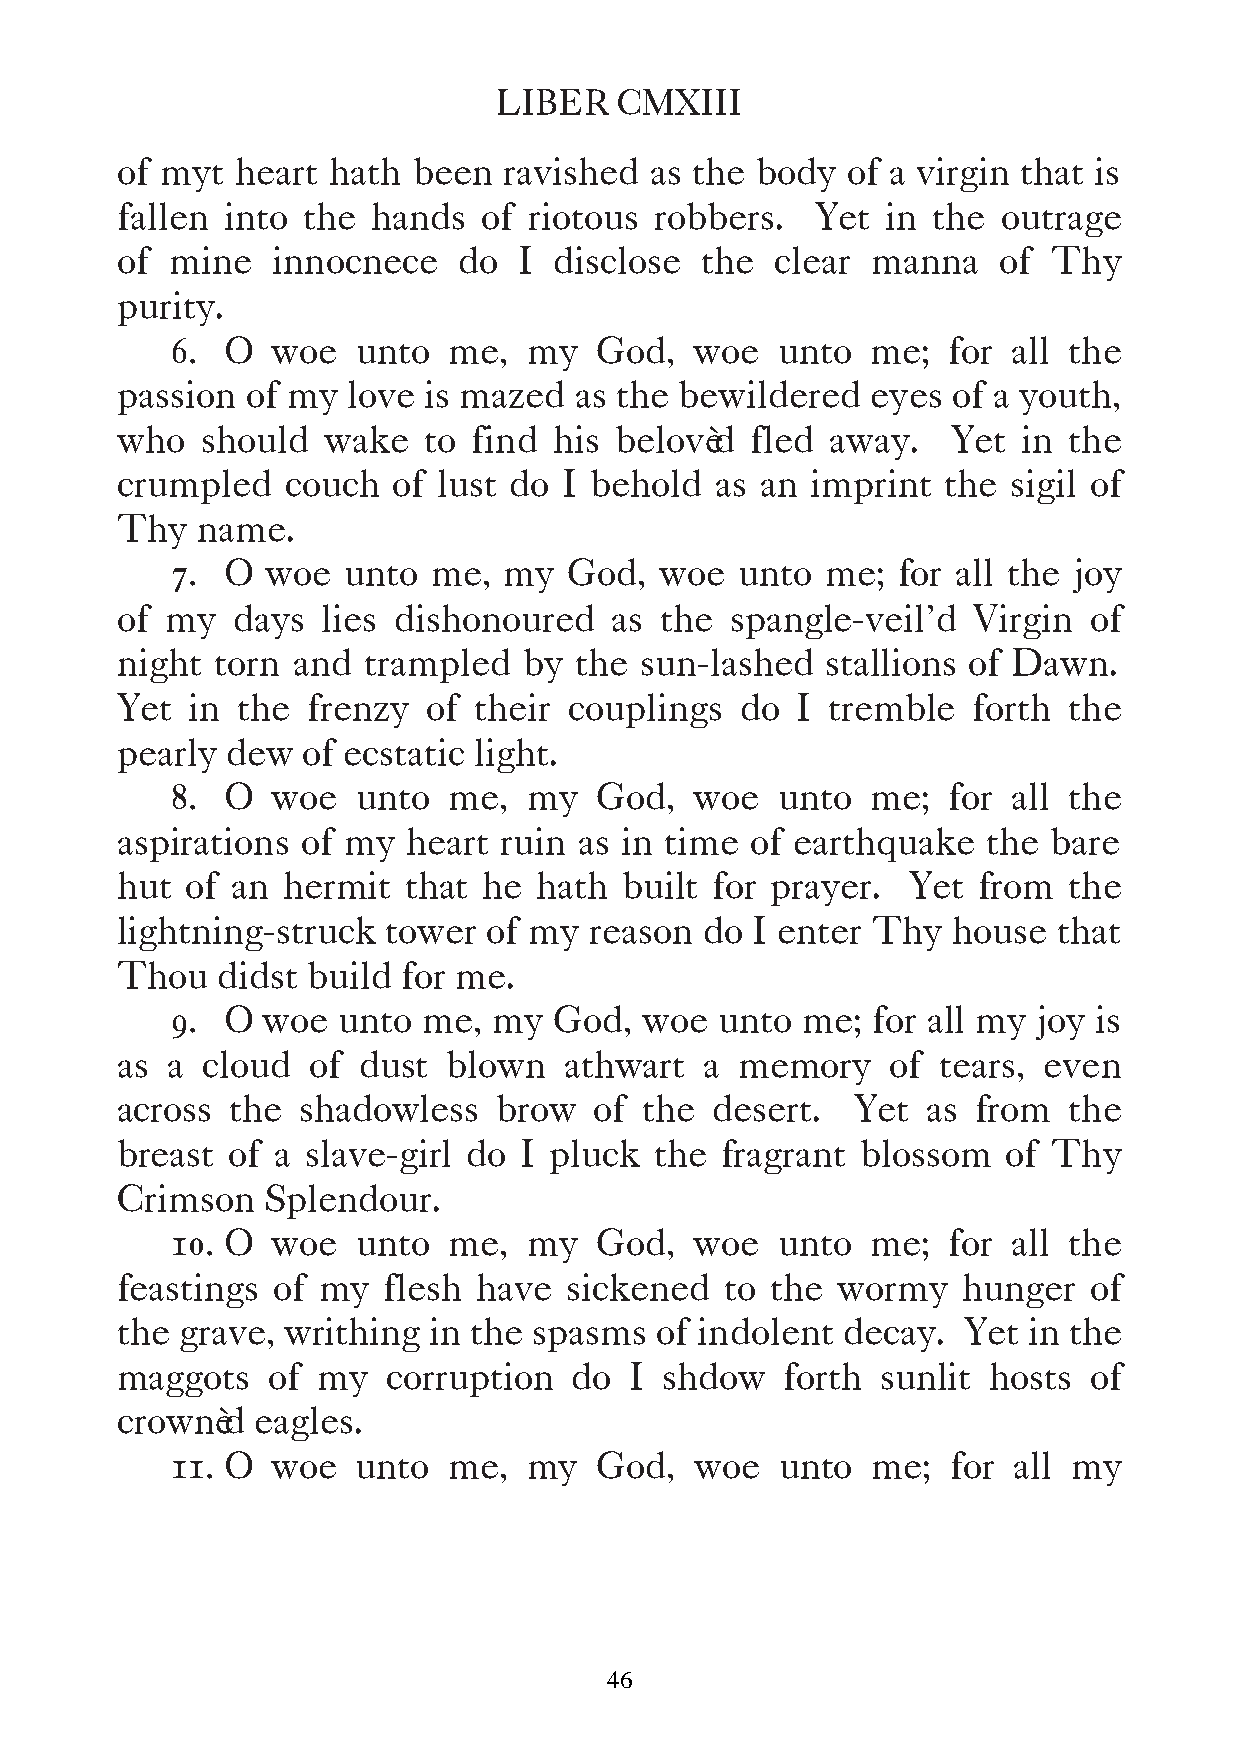
LIBER   CMXIII
 of myt  heart hath been  ravished  as the body  of a virgin that is
 fallen into the  hands  of riotous robbers.   Yet  in the outrage
 of mine   innocnece   do  I  disclose the  clear  manna   of  Thy
 purity.
 6.  O  woe   unto  me,  my  God,   woe  unto   me;  for all the
 passion of my  love is mazed  as the bewildered   eyes of a youth,
 who  should  wake   to find  his belovèd  fled away.   Yet  in the
 crumpled   couch  of lust do I behold  as an  imprint  the sigil of
 Thy  name.
 7.  O  woe  unto  me, my   God,  woe  unto  me; for all the joy
 of my  days  lies dishonoured    as the spangle-veil’d  Virgin  of
 night torn and  trampled   by the sun-lashed   stallions of Dawn.
 Yet  in the frenzy  of their  couplings  do  I tremble  forth  the
 pearly dew  of ecstatic light.
 8.  O  woe   unto  me,  my  God,   woe  unto   me;  for all the
 aspirations of my  heart ruin as in time  of earthquake  the  bare
 hut of an  hermit  that he  hath built for prayer.  Yet  from  the
 lightning-struck  tower of my  reason  do I enter Thy  house  that
 Thou  didst build  for me.
 9.  O woe  unto  me,  my  God,  woe  unto me;  for all my joy is
 as a cloud  of  dust  blown  athwart   a memory    of tears, even
 across the  shadowless   brow  of  the desert.   Yet as  from  the
 breast of a slave-girl do I pluck  the  fragrant blossom   of Thy
 Crimson   Splendour.
 10. O  woe   unto  me,  my  God,   woe  unto   me;  for all the
 feastings of my  flesh  have  sickened  to the wormy    hunger  of
 the grave, writhing in the spasms  of indolent  decay.  Yet in the
 maggots   of my   corruption  do  I shdow   forth sunlit hosts  of
 crownèd  eagles.
 11. O  woe   unto  me,  my   God,  woe   unto  me;  for all my
 46